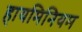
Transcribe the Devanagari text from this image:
हायमिनियम